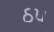
ઠપ